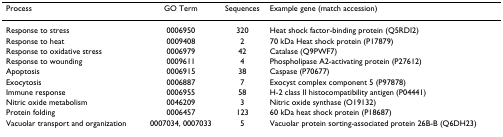
| Process | GO Term | Sequences | Example gene (match accession) |
 | --- | --- | --- | --- |
 | Response to stress | 0006950 | 320 | Heat shock factor-binding protein (Q5RDI2) |
 | Response to heat | 0009408 | 2 | 70 kDa Heat shock protein (P17879) |
 | Response to oxidative stress | 0006979 | 42 | Catalase (Q9PWF7) |
 | Response to wounding | 0009611 | 4 | Phospholipase A2-activating protein (P27612) |
 | Apoptosis | 0006915 | 38 | Caspase (P70677) |
 | Exocytosis | 0006887 | 7 | Exocyst complex component 5 (P97878) |
 | Immune response | 0006955 | 58 | H-2 class II histocompatibility antigen (P04441) |
 | Nitric oxide metabolism | 0046209 | 3 | Nitric oxide synthase (O19132) |
 | Protein folding | 0006457 | 123 | 60 kDa heat shock protein (P18687) |
 | Vacuolar transport and organization | 0007034, 0007033 | 5 | Vacuolar protein sorting-associated protein 26B-B (Q6DH23) |